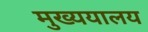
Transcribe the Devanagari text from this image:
मुख्ययालय